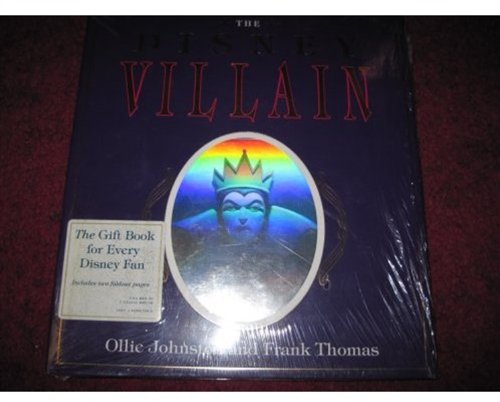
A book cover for The Disney Villain; Ollie Johnston; Humor & Entertainment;